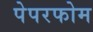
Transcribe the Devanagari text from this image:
पेपरफोम